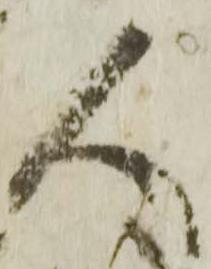
人